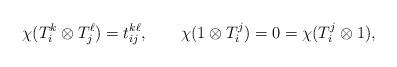
LaTeX: \begin{align*} \chi(T_i^k\otimes T_j^\ell)=t_{ij}^{k\ell},\qquad \chi(1\otimes T_i^j)=0=\chi(T_i^j\otimes 1),\end{align*}